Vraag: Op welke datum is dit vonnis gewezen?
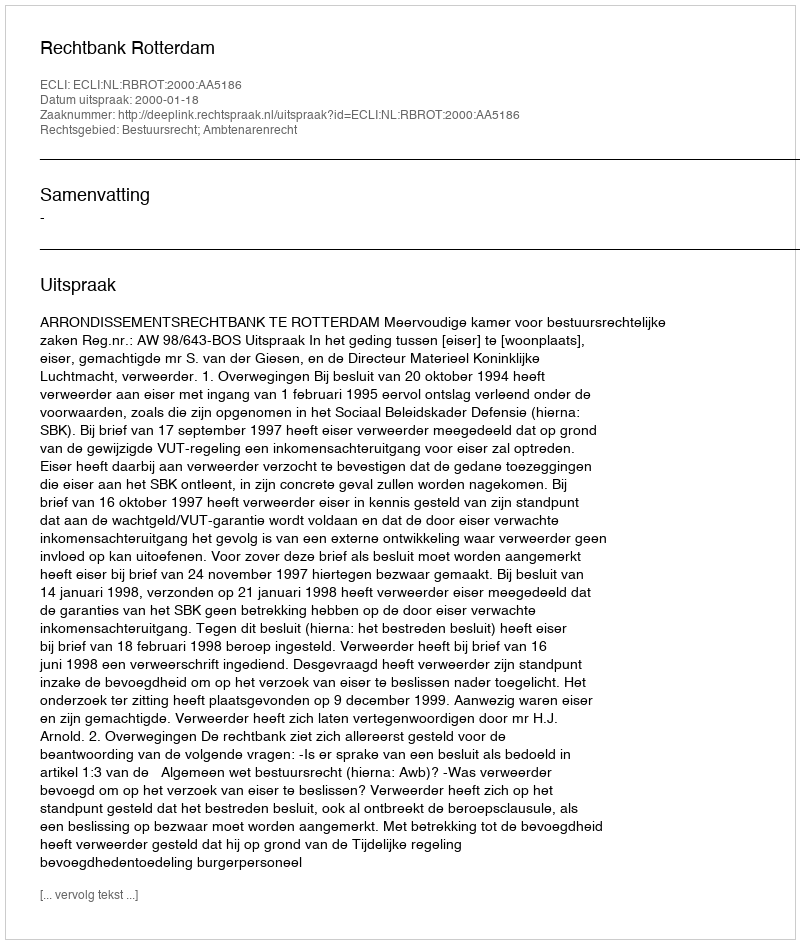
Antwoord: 2000-01-18